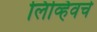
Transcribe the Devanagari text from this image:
लिव्हिवचे